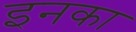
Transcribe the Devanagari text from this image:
इनका